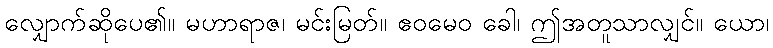
လျှောက်ဆိုပေ၏။ မဟာရာဇ၊ မင်းမြတ်။ ဧဝမေဝ ခေါ၊ ဤအတူသာလျှင်။ ယော၊